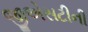
જીએસટીની